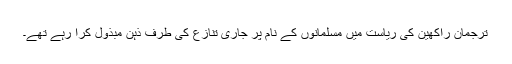
ترجمان راکھین کی ریاست میں مسلمانوں کے نام پر جاری تنازع کی طرف ذہن مبذول کرا رہے تھے۔